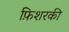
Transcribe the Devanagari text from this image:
फ़िशरकी